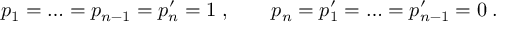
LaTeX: p _ { 1 } = \ldots = p _ { n - 1 } = p _ { n } ^ { \prime } = 1 \; , \qquad p _ { n } = p _ { 1 } ^ { \prime } = \ldots = p _ { n - 1 } ^ { \prime } = 0 \; .